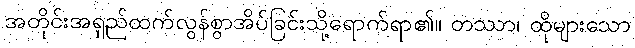
အတိုင်းအရှည်ထက်လွန်စွာအိပ်ခြင်းသို့ရောက်ရာ၏။ တဿာ၊ ထိုများသော